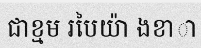
ជាខ្មម របៃយ៉ា ងខាា